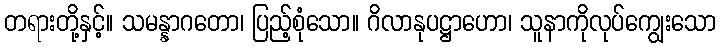
တရားတို့နှင့်။ သမန္နာဂတော၊ ပြည့်စုံသော။ ဂိလာနုပဋ္ဌာဟော၊ သူနာကိုလုပ်ကျွေးသော